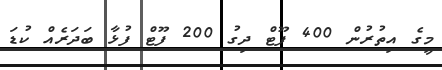
މީގެ އިތުރުން 400 ފޫޓް ދިގު 200 ފޫޓް ފުޅާ ބަދަރެއް ކުޑަ